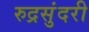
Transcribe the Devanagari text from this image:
रुद्रसुंदरी